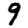
Digit: 9